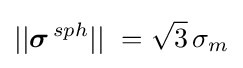
||{{\boldsymbol {\sigma }}^{\,sph}}||\ ={\sqrt {3}}\,{{\sigma }_{m}}